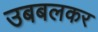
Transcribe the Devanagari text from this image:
उबबलकर